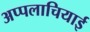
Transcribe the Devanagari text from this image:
अप्पलाचियाई